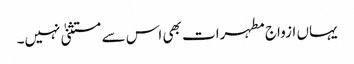
یہاں ازواج مطہرات بھی اس سے مستثنیٰ نہیں۔